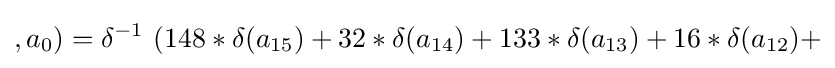
,a_{0})=\delta ^{-1}~(148*\delta (a_{15})+32*\delta (a_{14})+133*\delta (a_{13})+16*\delta (a_{12})+